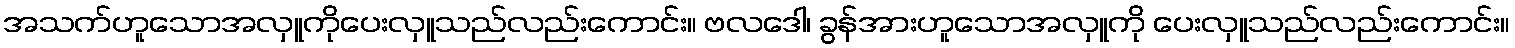
အသက်ဟူသောအလှူကိုပေးလှူသည်လည်းကောင်း။ ဗလဒေါ၊ ခွန်အားဟူသောအလှူကို ပေးလှူသည်လည်းကောင်း။